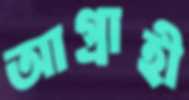
আগ্রাহী